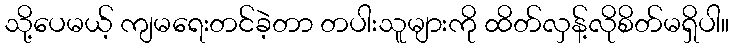
သို့ပေမယ့် ကျမရေးတင်ခဲ့တာ တပါးသူများကို ထိတ်လှန့်လိုစိတ်မရှိပါ။